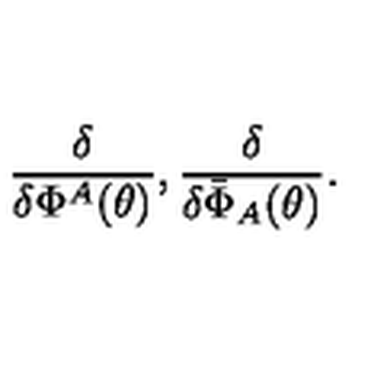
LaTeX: \frac { \delta } { \delta \Phi ^ { A } ( \theta ) } , \frac { \delta } { \delta \bar { \Phi } _ { A } ( \theta ) } .